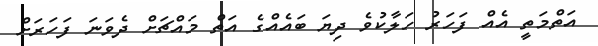
އަތްމަތީ އެއް ފަހަރު ހަލާކުވެ ދިޔަ ބައެއްގެ އަތް މައްޗަށް ދެވަނަ ފަހަރަށް